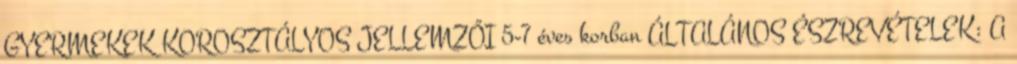
GYERMEKEK KOROSZTÁLYOS JELLEMZŐI 5-7 éves korban ÁLTALÁNOS ÉSZREVÉTELEK: A